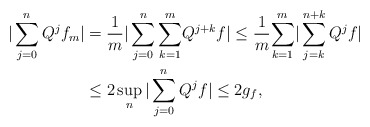
\begin{align*}|\sum_{j=0}^{n}Q^{j}f_{m}| & =\frac{1}{m}|\sum_{j=0}^{n}{\displaystyle\sum\limits_{k=1}^{m}}Q^{j+k}f|\leq\frac{1}{m}{\displaystyle\sum\limits_{k=1}^{m}}|\sum_{j=k}^{n+k}Q^{j}f|\\& \leq2\sup_{n}|\sum_{j=0}^{n}Q^{j}f|\leq2g_{f},\end{align*}